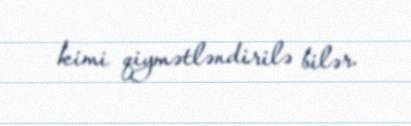
kimi qiymətləndirilə bilər.